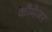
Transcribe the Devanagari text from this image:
कौमेजर